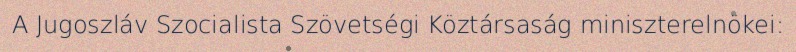
A Jugoszláv Szocialista Szövetségi Köztársaság miniszterelnökei: